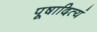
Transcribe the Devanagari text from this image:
पूषादित्यं